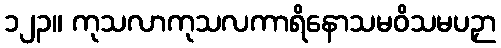
၁၂၃။ ကုသလာကုသလကာရိနောသမဝိသမပဉှာ